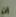
إن